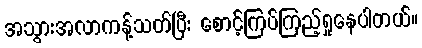
အသွားအလာကန့်သတ်ပြီး စောင့်ကြပ်ကြည့်ရှုနေပါတယ်။